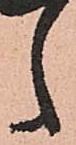
之